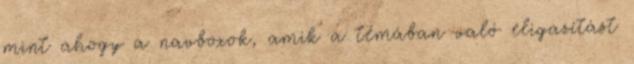
mint ahogy a navboxok, amik a témában való eligazítást